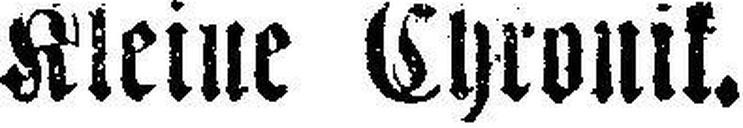
Kleine Chronik.